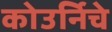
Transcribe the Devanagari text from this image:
कोउर्निचे